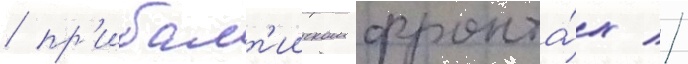
/ пр'ибалт'ииском фронта́х //